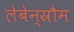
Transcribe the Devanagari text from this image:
लेबेन्स्रौम